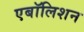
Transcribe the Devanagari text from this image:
एबॉलिशन